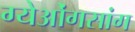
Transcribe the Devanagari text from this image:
ग्येओंगसांग